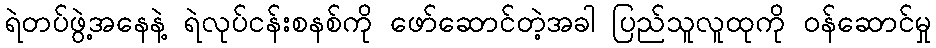
ရဲတပ်ဖွဲ့အနေနဲ့ ရဲလုပ်ငန်းစနစ်ကို ဖော်ဆောင်တဲ့အခါ ပြည်သူလူထုကို ဝန်ဆောင်မှု